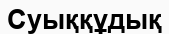
Суыққұдық